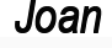
Joan